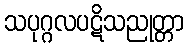
သပုဂ္ဂလပဋိသညုတ္တာ